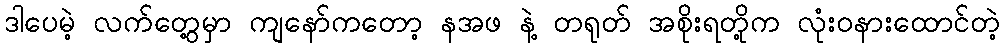
ဒါပေမဲ့ လက်တွေ့မှာ ကျနော်ကတော့ နအဖ နဲ့ တရုတ် အစိုးရတို့က လုံးဝနားထောင်တဲ့